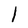
Character: l